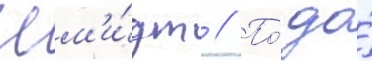
Шм'и́дт // По́ до́